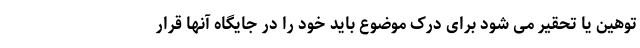
توهین یا تحقیر می شود برای درک موضوع باید خود را در جایگاه آنها قرار